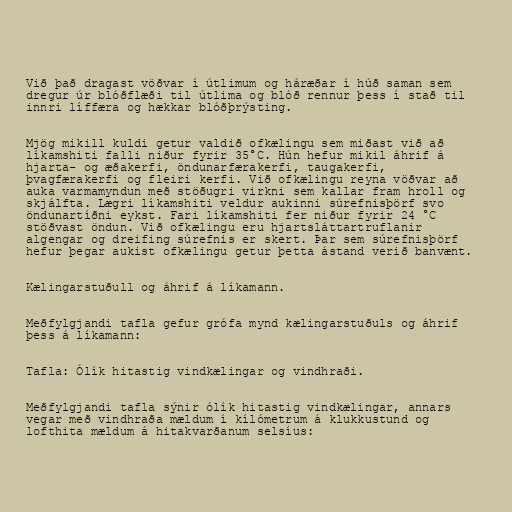
Við það dragast vöðvar í útlimum og háræðar í húð saman sem
dregur úr blóðflæði til útlima og blóð rennur þess í stað til
innri líffæra og hækkar blóðþrýsting.

Mjög mikill kuldi getur valdið ofkælingu sem miðast við að
líkamshiti falli niður fyrir 35°C. Hún hefur mikil áhrif á
hjarta- og æðakerfi, öndunarfærakerfi, taugakerfi,
þvagfærakerfi og fleiri kerfi. Við ofkælingu reyna vöðvar að
auka varmamyndun með stöðugri virkni sem kallar fram hroll og
skjálfta. Lægri líkamshiti veldur aukinni súrefnisþörf svo
öndunartíðni eykst. Fari líkamshiti fer niður fyrir 24 °C
stöðvast öndun. Við ofkælingu eru hjartsláttartruflanir
algengar og dreifing súrefnis er skert. Þar sem súrefnisþörf
hefur þegar aukist ofkælingu getur þetta ástand verið banvænt.

Kælingarstuðull og áhrif á líkamann.

Meðfylgjandi tafla gefur grófa mynd kælingarstuðuls og áhrif
þess á líkamann:

Tafla: Ólík hitastig vindkælingar og vindhraði.

Meðfylgjandi tafla sýnir ólík hitastig vindkælingar, annars
vegar með vindhraða mældum í kílómetrum á klukkustund og
lofthita mældum á hitakvarðanum selsíus: